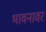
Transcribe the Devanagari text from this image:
भावनावर